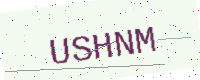
Text: USHNM